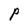
Character: P